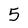
Character: 5